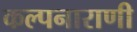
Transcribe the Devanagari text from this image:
कल्पनाराणी